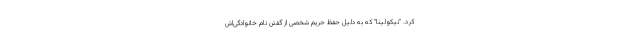
کرد. "نیکولینا" که به دلیل حفظ حریم شخصی از گفتن نام خانوادگی‌اش